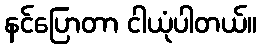
နင်ပြောတာ ငါယုံပါတယ်။